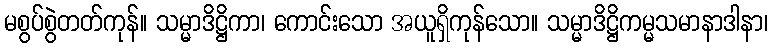
မစွပ်စွဲတတ်ကုန်။ သမ္မာဒိဋ္ဌိကာ၊ ကောင်းသော အယူရှိကုန်သော။ သမ္မာဒိဋ္ဌိကမ္မသမာနာဒါနာ၊